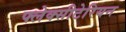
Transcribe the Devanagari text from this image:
फ्लेक्सीटेरियन